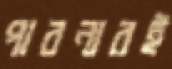
পাবনারই